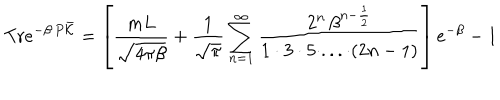
\mathrm { T r } e ^ { - \beta \, P \bar { \cal K } } = \left[ \frac { m L } { \sqrt { 4 \pi \beta } } + \frac { 1 } { \sqrt { \pi } } \sum _ { n = 1 } ^ { \infty } \frac { 2 ^ { n } \, \beta ^ { n - \frac { 1 } { 2 } } } { 1 \cdot 3 \cdot 5 \cdot . . . \cdot ( 2 n - 1 ) } \right] e ^ { - \beta } - 1